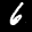
Label: 6